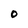
Character: 0